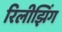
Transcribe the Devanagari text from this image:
रिलीझिंग